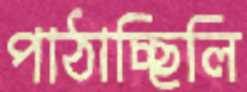
পাঠাচ্ছিলি